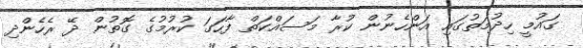
ގައުމީ ހިދުމަތުގައި އަންހެނުން ކުރާ މަސައްކަތް ފާހަގަ ކުރުމުގެ ގޮތުން ދޭ ރެހެންދި